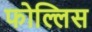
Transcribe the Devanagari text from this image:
फोल्लिस